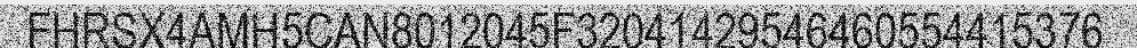
FHRSX4AMH5CAN8012045F32041429546460554415376